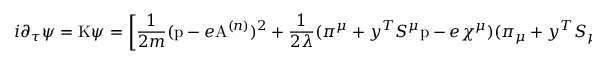
i \partial _ { \tau } \psi = \mathrm { K } \psi = \left[ \frac { 1 } { 2 m } ( \mathrm { p } - e \mathrm { A } ^ { ( n ) } ) ^ { 2 } + \frac { 1 } { 2 \lambda } ( \pi ^ { \mu } + y ^ { T } S ^ { \mu } \mathrm { p } - e \chi ^ { \mu } ) ( \pi _ { \mu } + y ^ { T } S _ { \mu } \mathrm { p } - e \chi _ { \mu } ) + V \right] \psi